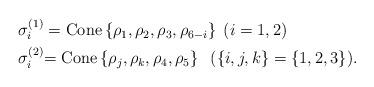
LaTeX: \begin{align*}\begin{aligned} & \sigma_{i}^{(1)}={\rm Cone}\left\{ \rho_{1},\rho_{2},\rho_{3},\rho_{6-i}\right\} \;(i=1,2)\\ & \sigma_{i}^{(2)}{\rm =Cone}\left\{ \rho_{j},\rho_{k},\rho_{4},\rho_{5}\right\} \;\;(\{i,j,k\}=\{1,2,3\}).\end{aligned}\end{align*}